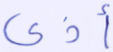
أذى